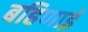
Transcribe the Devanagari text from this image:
बहिणाई